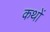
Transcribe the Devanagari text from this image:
कथों